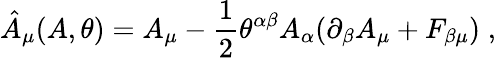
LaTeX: \hat{A}_{\mu}(A,\theta)=A_{\mu}-\frac{1}{2}\theta^{\alpha\beta}A_{\alpha}(\partial_{\beta}A_{\mu}+F_{\beta\mu})\; ,